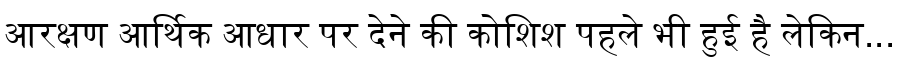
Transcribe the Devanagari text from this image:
आरक्षण आर्थिक आधार पर देने की कोशिश पहले भी हुई है लेकिन...